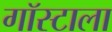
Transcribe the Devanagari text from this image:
गॉस्टाला